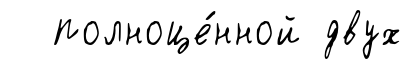
полноце́нной двух